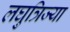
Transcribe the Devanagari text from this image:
लघुत्रिज्या